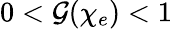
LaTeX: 0<\mathcal{G}(\chi_{e})<1